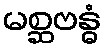
မစ္ဆဗန္ဓံ